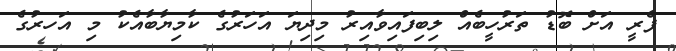
ފެރީ އަށް ބޮޑު ތަރުހީބެއް ލިބިފައިވާއިރު މިދިޔަ އަހަރުގެ ކާމިޔާބާއެކު މި އަހރުގެ